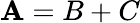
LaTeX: \mathbf{A}=B+C